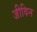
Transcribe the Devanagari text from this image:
जीविन